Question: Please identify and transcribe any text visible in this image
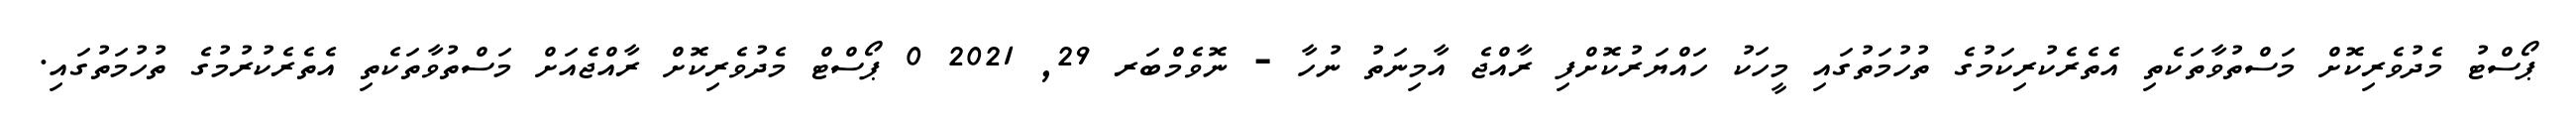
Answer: ޕޯސްޓު މެދުވެރިކޮށް މަސްތުވާތަކެތި އެތެރެކުރިކަމުގެ ތުހުމަތުގައި މީހަކު ހައްޔަރުކޮށްފި ރާއްޖެ އާމިނަތު ނުހާ - ނޮވެމްބަރ 29, 2021 0 ޕޯސްޓް މެދުވެރިކޮށް ރާއްޖެއަށް މަސްތުވާތަކެތި އެތެރެކުރުމުގެ ތުހުމަތުގައި.